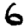
Digit: 6